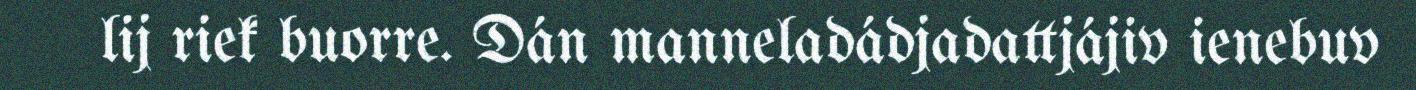
lij riek buorre. Dán manneladádjadattjájiv ienebuv